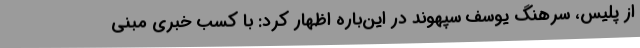
از پلیس، سرهنگ یوسف سپهوند در این‌باره اظهار کرد: با کسب خبری مبنی